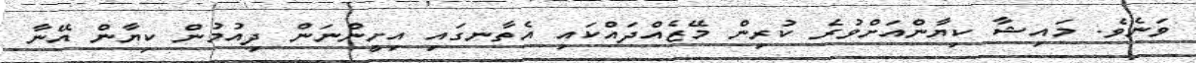
ވަނެވެ. މައިޝާ ކިޔާންއަށްވުރެ ކުރިން މޭޒެއްދައްކައި އެތާނގައި އިށީންނަން ދިއުމުން ކިޔާން އޭނާ